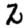
Digit: 2